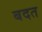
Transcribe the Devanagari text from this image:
बदत